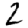
Digit: 2